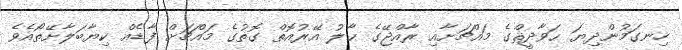
ހިނގަމުންދިޔަ ޙަވާދީޘްގެ މައްޗަށާއި ރާއްޖޭގެ ޙާލު އޭރުއޮތް ގޮތުގެ މައްޗަށް ފާޑެއް ކިޔާބަލާށޭތޯއެވެ